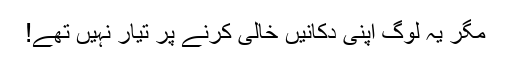
مگر یہ لوگ اپنی دکانیں خالی کرنے پر تیار نہیں تھے!